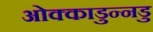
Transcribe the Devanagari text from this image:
ओक्काडुन्नडु